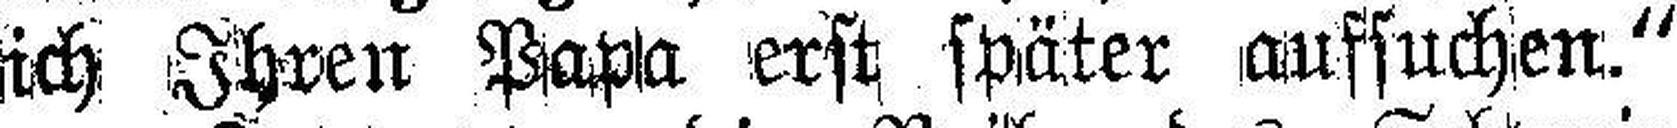
ich Ihren Papa erst später aufsuchen.“